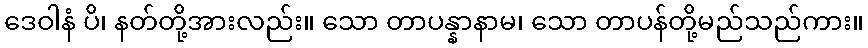
ဒေဝါနံ ပိ၊ နတ်တို့အားလည်း။ သော တာပန္နာနာမ၊ သော တာပန်တို့မည်သည်ကား။